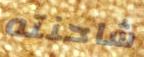
شاحنته